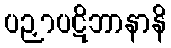
ပဉှာပဋိဘာနာနိ